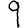
Digit: 9